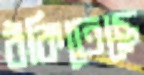
ঠকিতেছে